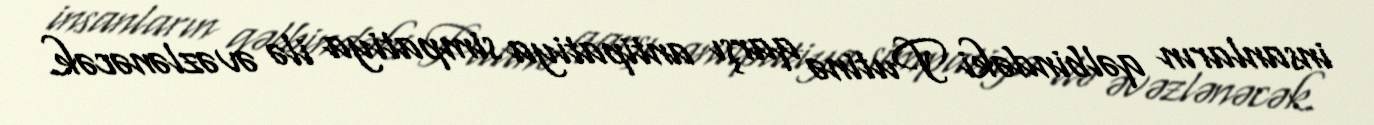
insanların qəlbindəki Putinə qarşı antipatiya simpatiya ilə əvəzlənəcək.